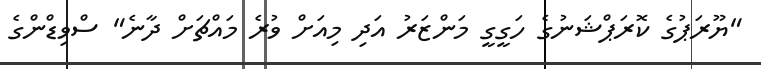
"ޔޫރަޕުގެ ކޮރަޕްޝަނުގެ ހަގީގީ މަންޒަރު އަދި މިއަށް ވުރެ މައްޗަށް ދާނެ" ސްވިޑްންގެ